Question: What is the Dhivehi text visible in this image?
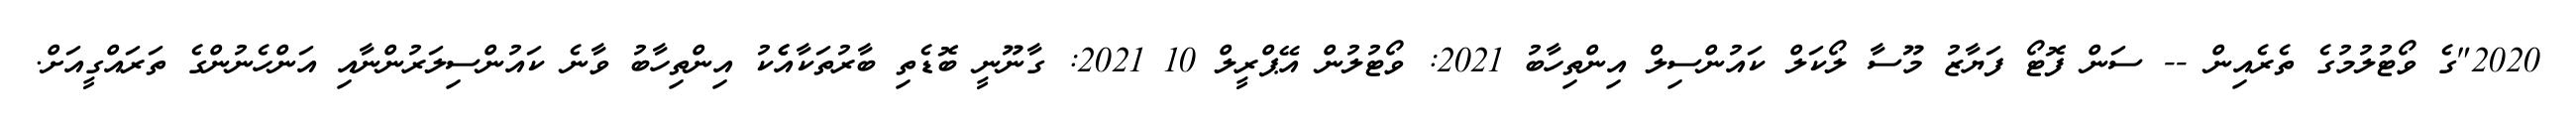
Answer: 2020"ގެ ވޯޓުލުމުގެ ތެރެއިން -- ސަން ފޮޓޯ ފަޔާޒު މޫސާ ލޯކަލް ކައުންސިލް އިންތިހާބު 2021: ވޯޓުލުން އޭޕްރީލް 10 2021: ގާނޫނީ ބޮޑެތި ބާރުތަކާއެެކު އިންތިހާބު ވާނެ ކައުންސިލަރުންނާއި އަންހެނުންގެ ތަރައްގީއަށް.